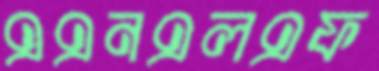
এএনএলএফ